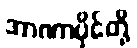
အာဏာပိုင်တို့